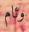
وئام